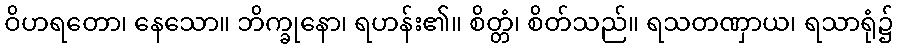
ဝိဟရတော၊ နေသော။ ဘိက္ခုနော၊ ရဟန်း၏။ စိတ္တံ၊ စိတ်သည်။ ရသတဏှာယ၊ ရသာရုံ၌